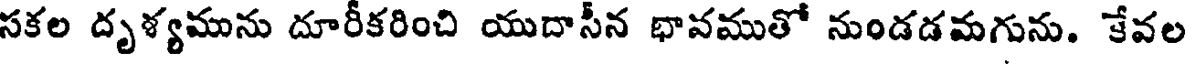
సకల దృళ్యమును దూరీకరించి యుదాసీన భావముతో నుండడమగును. కేవల